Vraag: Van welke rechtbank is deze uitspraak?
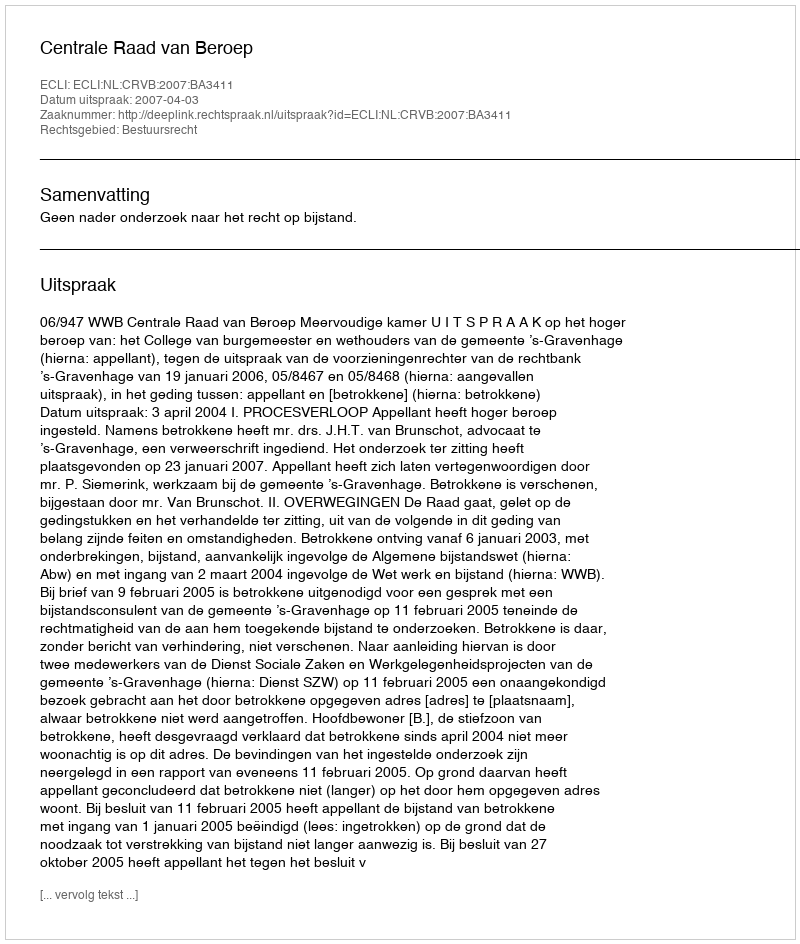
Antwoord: Centrale Raad van Beroep